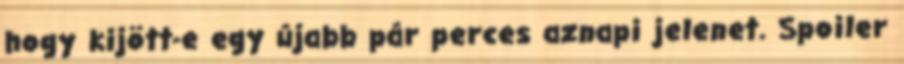
hogy kijött-e egy újabb pár perces aznapi jelenet. Spoiler